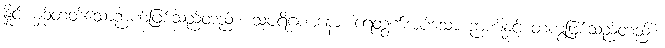
နှိုင်းယှဉ်တတ်သောဉာဏ်ဖြစ်သည်တည်း။ သပရိဂဏနော၊ ရေတွက်အပ်သော ဉာဏ်နှင့် တကွဖြစ်သည်တည်း။